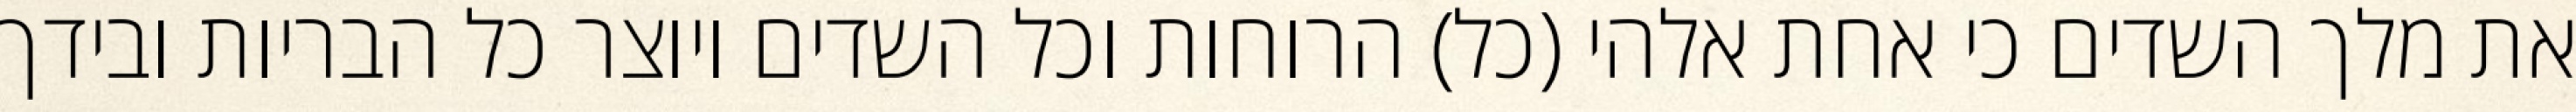
את מלך השדים כי אחת אלהי (כל) הרוחות וכל השדים ויוצר כל הבריות ובידך